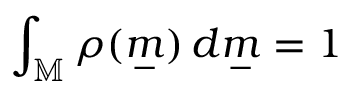
\int _ { \mathbb { M } } \rho ( \underset { - } { m } ) \, d \underset { - } { m } = 1